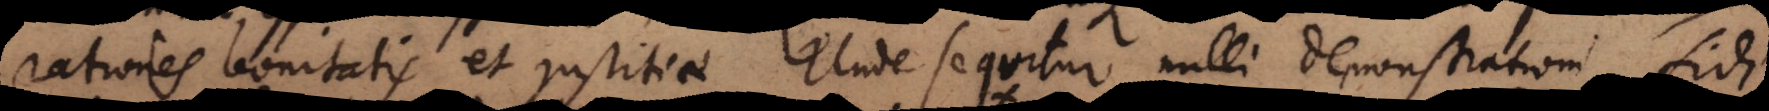
rationes bonitatis et justitiae. Unde sequitur nulli demonstrationi fidi